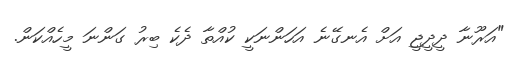
"އަރޫނާ ދީދީޖީ އަށް އެނގޭނެ އަހަންނަކީ ކުއްތާ ދެކެ ބިރު ގަންނަ މީހެއްކަން.